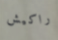
راكيش